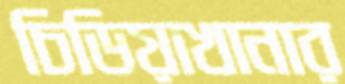
চিডিয়াখানার